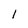
Character: 1